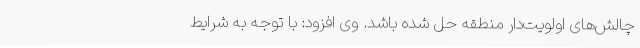
چالش‌های اولویت‌دار منطقه حل شده باشد. وی افزود: با توجه به شرایط